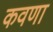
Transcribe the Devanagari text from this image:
कवणा